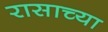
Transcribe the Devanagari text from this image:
रासाच्या